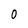
Character: 0